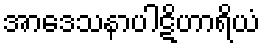
အာဒေသနာပါဋိဟာရိယံ